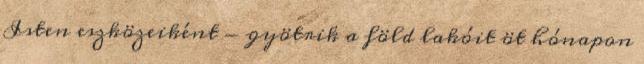
Isten eszközeiként - gyötrik a föld lakóit öt hónapon